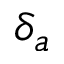
\delta _ { a }